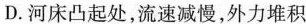
D.河床凸起处，流速减慢，外力堆积